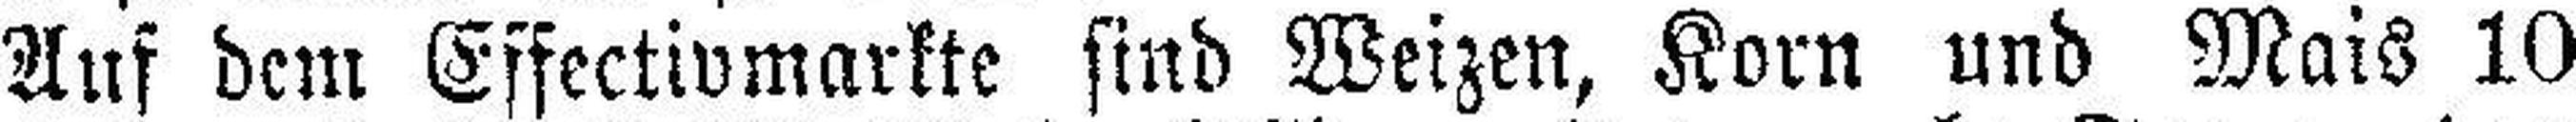
Auf dem Effectivmarkte sind Weizen, Korn und Mais 10